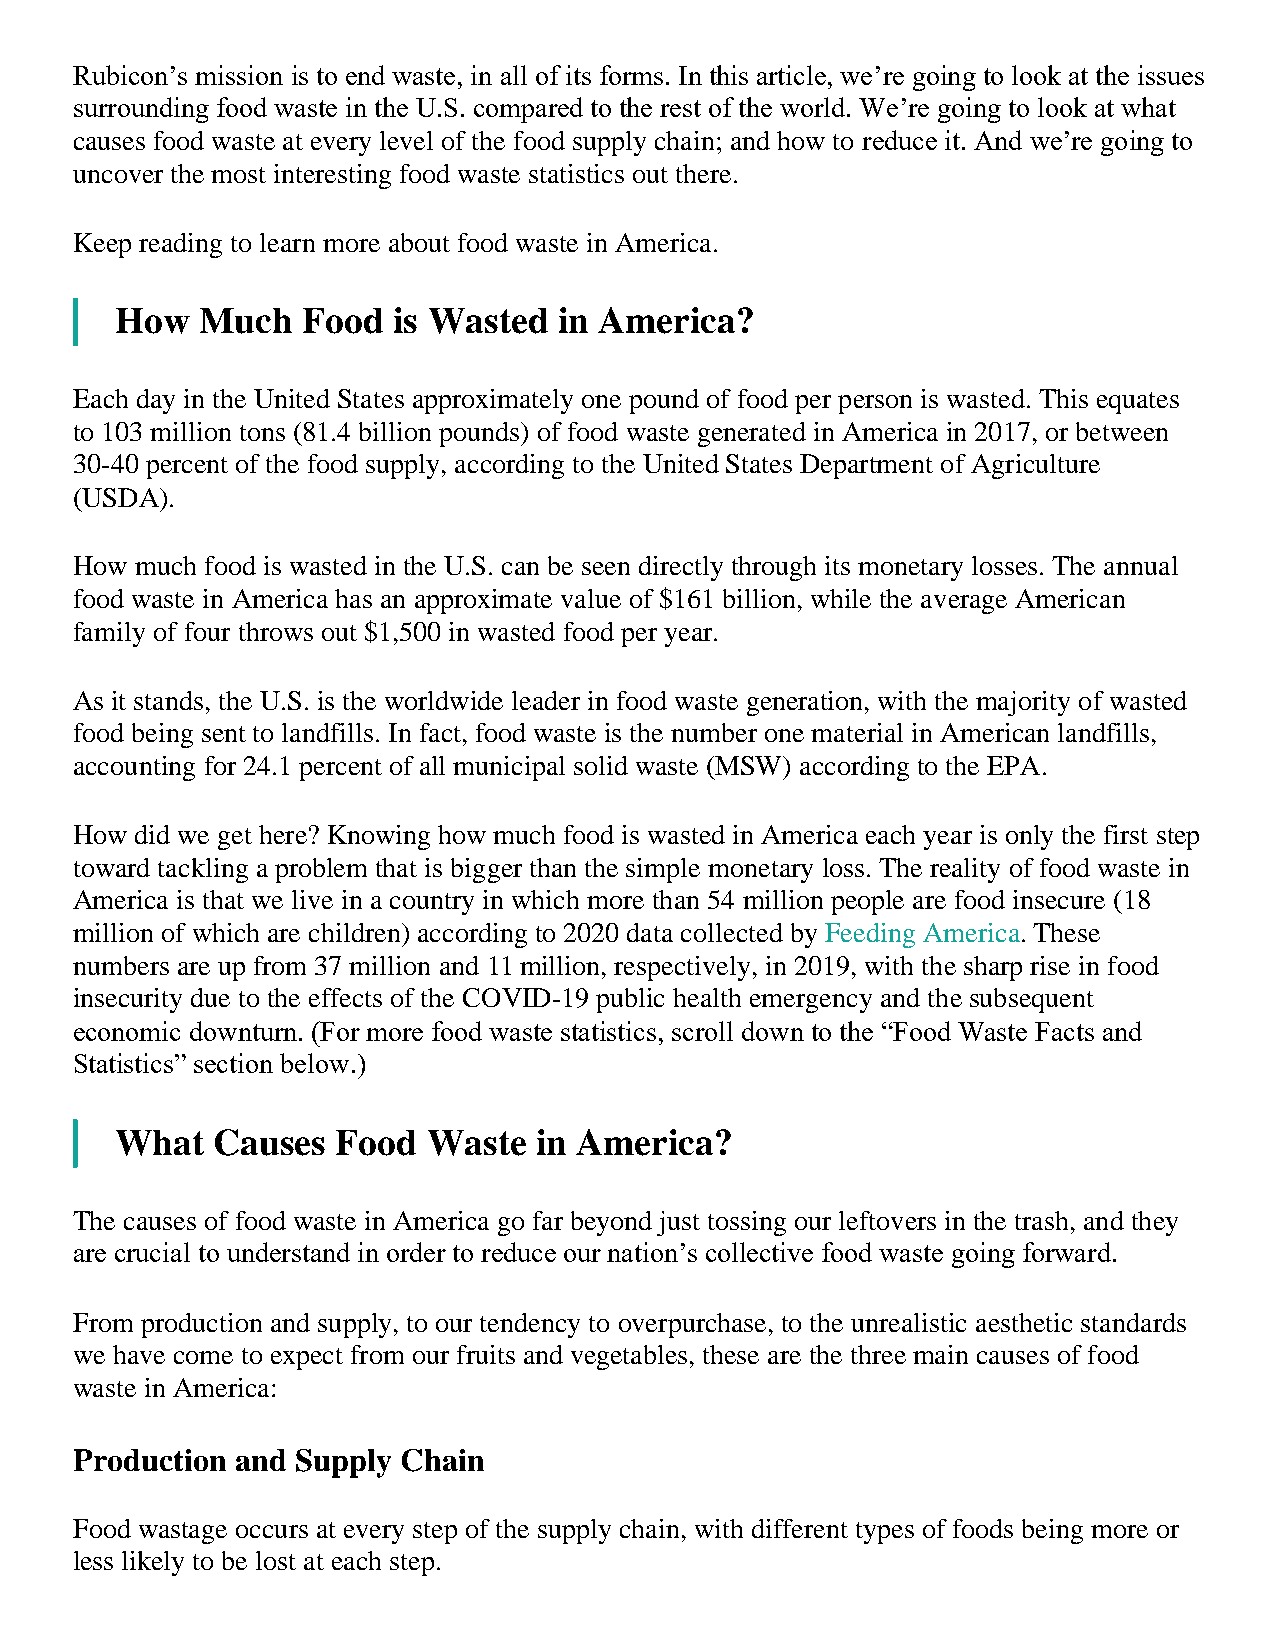
Rubicon’s mission is to end waste, in all of its forms. In this article, we’re going to look at the issues
 surrounding food waste in the U.S. compared to the rest of the world. We’re going to look at what
 causes food waste at every level of the food supply chain; and how to reduce it. And we’re going to
 uncover the most interesting food waste statistics out there.
 Keep reading to learn more about food waste in America.
 How  Much   Food  is Wasted  in America?
 Each day in the United States approximately one pound of food per person is wasted. This equates
 to 103 million tons (81.4 billion pounds) of food waste generated in America in 2017, or between
 30-40 percent of the food supply, according to the United States Department of Agriculture
 (USDA).
 How much food is wasted in the U.S. can be seen directly through its monetary losses. The annual
 food waste in America has an approximate value of $161 billion, while the average American
 family of four throws out $1,500 in wasted food per year.
 As it stands, the U.S. is the worldwide leader in food waste generation, with the majority of wasted
 food being sent to landfills. In fact, food waste is the number one material in American landfills,
 accounting for 24.1 percent of all municipal solid waste (MSW) according to the EPA.
 How did we get here? Knowing how much food is wasted in America each year is only the first step
 toward tackling a problem that is bigger than the simple monetary loss. The reality of food waste in
 America is that we live in a country in which more than 54 million people are food insecure (18
 million of which are children) according to 2020 data collected by Feeding America. These
 numbers are up from 37 million and 11 million, respectively, in 2019, with the sharp rise in food
 insecurity due to the effects of the COVID-19 public health emergency and the subsequent
 economic downturn. (For more food waste statistics, scroll down to the “Food Waste Facts and
 Statistics” section below.)
 What  Causes  Food  Waste   in America?
 The causes of food waste in America go far beyond just tossing our leftovers in the trash, and they
 are crucial to understand in order to reduce our nation’s collective food waste going forward.
 From production and supply, to our tendency to overpurchase, to the unrealistic aesthetic standards
 we have come to expect from our fruits and vegetables, these are the three main causes of food
 waste in America:
 Production and Supply Chain
 Food wastage occurs at every step of the supply chain, with different types of foods being more or
 less likely to be lost at each step.